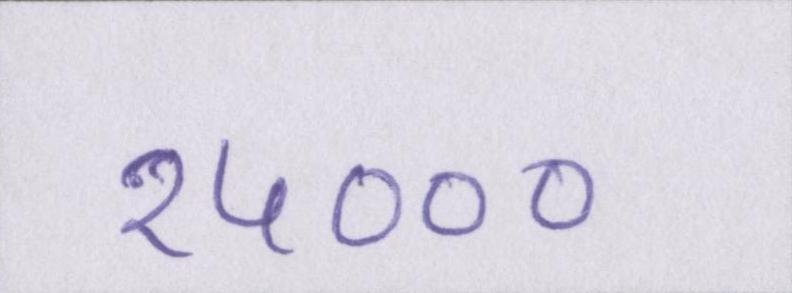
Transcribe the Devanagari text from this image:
२५०००